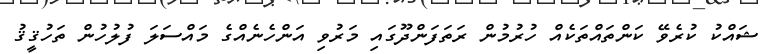
ޝައްކު ކުރެވޭ ކަންތައްތަކެއް ހުރުމުން ރަތަފަންދޫގައި މަރުވި އަންހެނެއްގެ މައްސަލަ ފުލުހުން ތަހުޤީޤު